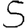
Digit: 5